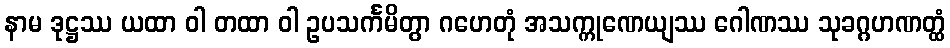
နာမ ဒုဋ္ဌဿ ယထာ ဝါ တထာ ဝါ ဥပသင်္ကမိတွာ ဂဟေတုံ အသက္ကုဏေယျဿ ဂေါဏဿ သုခဂ္ဂဟဏတ္ထံ